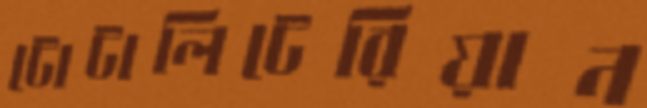
টোটালিটেরিয়ান